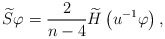
\begin{align*}\widetilde{S}\varphi =\frac{2}{n-4}\widetilde{H}\left( u^{-1}\varphi \right), \end{align*}